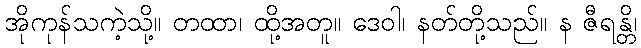
အိုကုန်သကဲ့သို့။ တထာ၊ ထို့အတူ။ ဒေဝါ၊ နတ်တို့သည်။ န ဇီရန္တိ၊